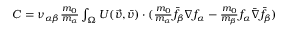
\begin{array} { r } { C = \nu _ { \alpha \beta } \frac { m _ { 0 } } { m _ { \alpha } } \int _ { \Omega } U ( \Vec { v } , \bar { v } ) \cdot ( \frac { m _ { 0 } } { m _ { \alpha } } \bar { f } _ { \beta } \nabla f _ { \alpha } - \frac { m _ { 0 } } { m _ { \beta } } f _ { \alpha } \bar { \nabla } \bar { f } _ { \beta } ) } \end{array}